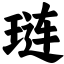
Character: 琏